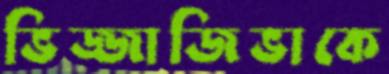
ভিজ্জাজিভাকে